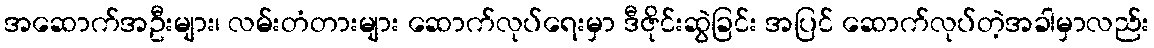
အဆောက်အဦးများ၊ လမ်းတံတားများ ဆောက်လုပ်ရေးမှာ ဒီဇိုင်းဆွဲခြင်း အပြင် ဆောက်လုပ်တဲ့အခါမှာလည်း